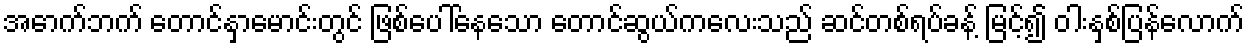
အောက်ဘက် တောင်နှာမောင်းတွင် ဖြစ်ပေါ်နေသော တောင်ဆွယ်ကလေးသည် ဆင်တစ်ရပ်ခန့် မြင့်၍ ဝါးနှစ်ပြန်လောက်